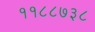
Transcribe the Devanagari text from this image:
११८८७३८